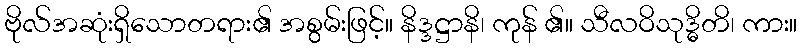
ဗိုလ်အဆုံးရှိသောတရား၏ အစွမ်းဖြင့်။ နိဒ္ဒဋ္ဌာနိ၊ ကုန် ၏။ သီလဝိသုဒ္ဓိတိ၊ ကား။